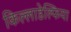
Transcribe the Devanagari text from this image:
किल्लाडेल्फिया